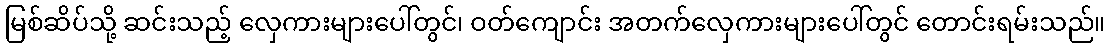
မြစ်ဆိပ်သို့ ဆင်းသည့် လှေကားများပေါ်တွင်၊ ဝတ်ကျောင်း အတက်လှေကားများပေါ်တွင် တောင်းရမ်းသည်။